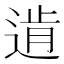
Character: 𨔑